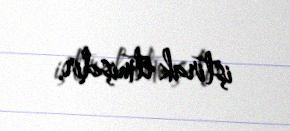
iştirak etmişdir.